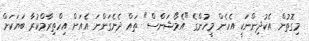
މިގޮތުން އެކުދިންނަކީ އެހެން މީހުންގެ "އެމޯޝަންސް" ތައް ދެނެގަންނަ އެއަށް އިހްތިރާމްކުރާ ބަޔަކަށް